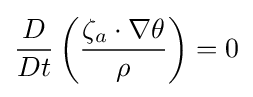
{\frac {D}{Dt}}\left({\frac {\zeta _{a}\cdot \nabla \theta }{\rho }}\right)=0